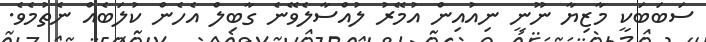
ސަބަބަކީ މާޒިޔާ ނޫނީ ނިއުއިން އުމޭރު ލުއްސާލެވޭނެ ގާބިލް އެހެން ކުލަބެއް ނެތުމެވެ.